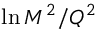
\ln M ^ { 2 } / Q ^ { 2 }